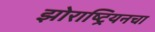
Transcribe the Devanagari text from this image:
झोराष्ट्रियनचा